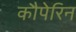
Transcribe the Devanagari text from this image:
कौपेरिन